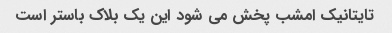
تایتانیک امشب پخش می شود این یک بلاک باستر است